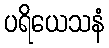
ပရိယေသနံ